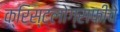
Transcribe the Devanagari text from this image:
क्रिस्टलोग्राफीचे